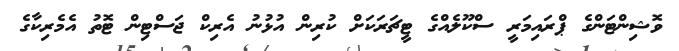
ވޮޝިންޓަންގެ ޕްރައިމަރީ ސްކޫލެއްގެ ޓީޗަރަކަށް ކުރިން އުޅުނު އެރިކް ޖަސްޓިން ޓޮތު އެމެރިކާގެ